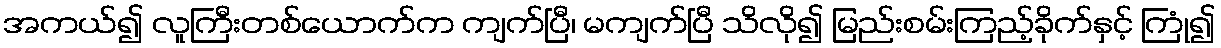
အကယ်၍ လူကြီးတစ်ယောက်က ကျက်ပြီ၊ မကျက်ပြီ သိလို၍ မြည်းစမ်းကြည့်ခိုက်နှင့် ကြုံ၍